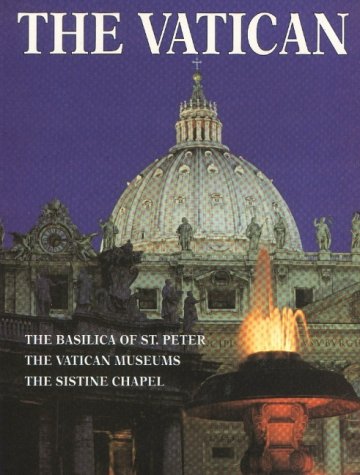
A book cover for The Vatican; Lozzi Roma; Travel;